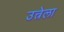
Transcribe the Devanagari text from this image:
उत्त्रेला